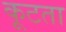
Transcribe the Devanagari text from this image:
कूटता